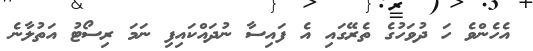
އެހެންވެ ހަ ދުވަހުގެ ތެރޭގައި އެ ފައިސާ ނުދައްކައިފި ނަމަ ރިސޯޓު އަތުލާނެ